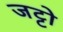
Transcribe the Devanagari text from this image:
जट्टो